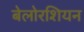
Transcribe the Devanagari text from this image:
बेलोरशियन